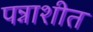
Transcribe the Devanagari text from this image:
पन्नाशीत